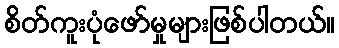
စိတ်ကူးပုံဖော်မှုများဖြစ်ပါတယ်။